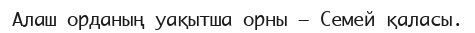
Алаш орданың уақытша орны — Семей қаласы.